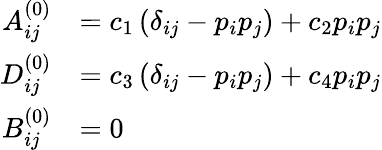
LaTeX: \begin{array}{rl}{{A}_{ij}^{(0)}}&{=c_{1}\left(\delta_{ij}-{p_{i}}{p_{j}}\right)+c_{2}{p_{i}}{p_{j}}}\\ {{D}_{ij}^{(0)}}&{=c_{3}\left(\delta_{ij}-{p_{i}}{p_{j}}\right)+c_{4}{p_{i}}{p_{j}}}\\ {{B}_{ij}^{(0)}}&{=0}\end{array}